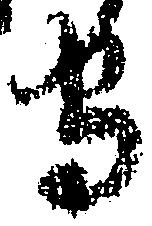
守